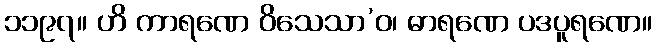
၁၁၉၇။ ဟိ ကာရဏေ ဝိသေသာ’ဝ၊ ဓာရဏေ ပဒပူရဏေ။